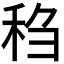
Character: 𫀬